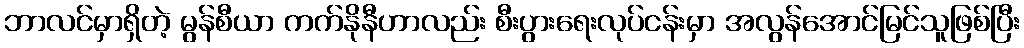
ဘာလင်မှာရှိတဲ့ မွန်စီယာ ကက်နိုနီဟာလည်း စီးပွားရေးလုပ်ငန်းမှာ အလွန်အောင်မြင်သူဖြစ်ပြီး